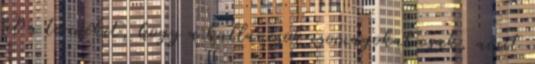
fel a terméket, hogy a kullancsok csomagokat csak, amit